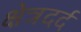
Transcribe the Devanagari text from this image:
क्षेत्रदर्द